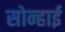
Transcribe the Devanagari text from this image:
सोन्हाई